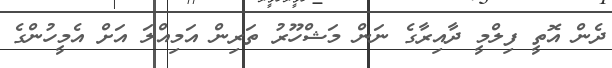
ދެން އޮތީ ފިލްމީ ދާއިރާގެ ނަން މަޝްހޫރު ތަރިން އަމިއްލަ އަށް އެމީހުންގެ